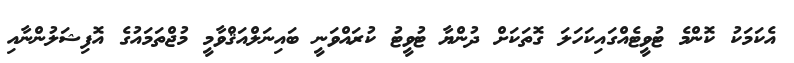
އެކަމަކު ކޮންމެ ޓުވީޓެއްގައިކަހަލަ ގޮތަކަށް ދުންޔާ ޓުވީޓު ކުރައްވަނީ ބައިނަލްއަޤްވާމީ މުޖްތަމައުގެ އޮފިޝަލުންނާއި